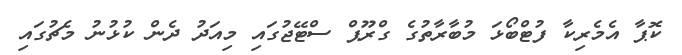
ކޮޕާ އެމެރިކާ ފުޓްބޯޅަ މުބާރާތުގެ ގްރޫޕް ސްޓޭޖުގައި މިއަދު ދެން ކުޅުނު މެޗުގައި